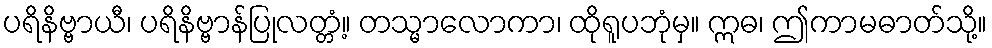
ပရိနိဗ္ဗာယီ၊ ပရိနိဗ္ဗာန်ပြုလတ္တံ့။ တသ္မာလောကာ၊ ထိုရူပဘုံမှ။ ဣဓ၊ ဤကာမဓာတ်သို့။